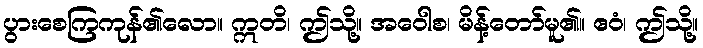
ပွားစေကြကုန်၏လော။ ဣတိ၊ ဤသို့။ အဝေါစ၊ မိန့်တော်မူ၏။ ဧဝံ၊ ဤသို့။